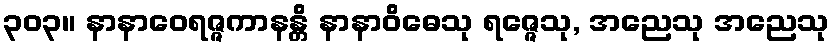
၃၀၃။ နာနာဝေရဇ္ဇကာနန္တိ နာနာဝိဓေသု ရဇ္ဇေသု, အညေသု အညေသု